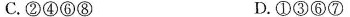
C. ②④⑥⑧ D. ①③⑥⑦